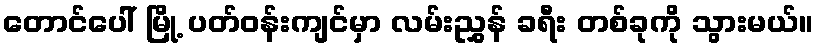
တောင်ပေါ် မြို့ ပတ်ဝန်းကျင်မှာ လမ်းညွှန် ခရီး တစ်ခုကို သွားမယ်။